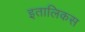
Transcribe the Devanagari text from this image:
इतालिकस